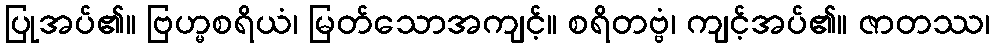
ပြုအပ်၏။ ဗြဟ္မစရိယံ၊ မြတ်သောအကျင့်။ စရိတဗ္ဗံ၊ ကျင့်အပ်၏။ ဇာတဿ၊